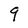
Character: 9